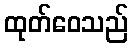
ထုတ်ဝေသည်